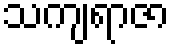
သကျရာဇာ